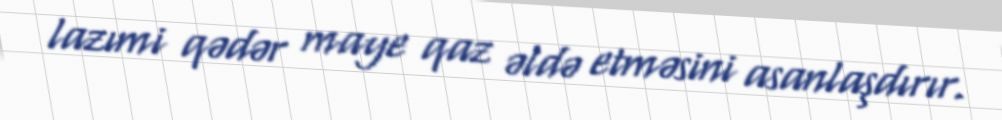
lazımi qədər maye qaz əldə etməsini asanlaşdırır.